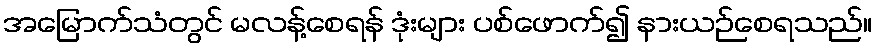
အမြောက်သံတွင် မလန့်စေရန် ဒုံးများ ပစ်ဖောက်၍ နားယဉ်စေရသည်။